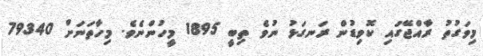
މިވަގުތު ރާއްޖޭގައި ކޮވިޑުން ރަނގަޅު ނުވެ ތިބީ 1895 މީހުންނެވެ. މިހާތަނަށް 79340